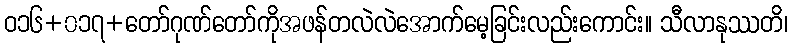
ဝ၁၆+၀၁၇+တော်ဂုဏ်တော်ကိုအဖန်တလဲလဲအောက်မေ့ခြင်းလည်းကောင်း။ သီလာနုဿတိ၊